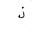
Letter: _thal